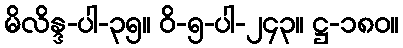
မိလိန္ဒ-ပါ-၃၅။ ဝိ-၅-ပါ-၂၄၃။ ဋ္ဌ-၁၈၀။